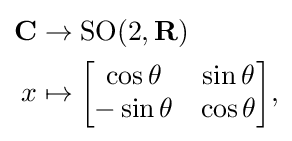
{\begin{aligned}\mathbf {C} &\to \operatorname {SO} (2,\mathbf {R} )\\x&\mapsto {\begin{bmatrix}\cos \theta &\sin \theta \\-\sin \theta &\cos \theta \end{bmatrix}},\end{aligned}}